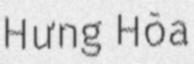
Hưng Hòa